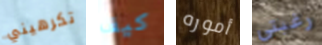
تكرهيني كيف أموره رغبتي